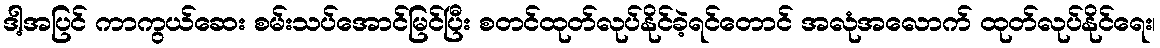
ဒါ့အပြင် ကာကွယ်ဆေး စမ်းသပ်အောင်မြင်ပြီး စတင်ထုတ်လုပ်နိုင်ခဲ့ရင်တောင် အလုံအလောက် ထုတ်လုပ်နိုင်ရေး၊